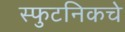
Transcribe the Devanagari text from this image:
स्फुटनिकचे